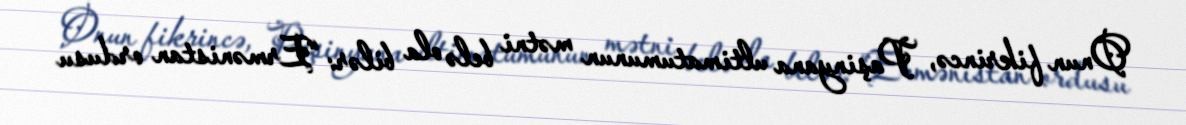
Onun fikrincə, Paşinyana ultimatumunun mətni belə ola bilər: “Ermənistan ordusu